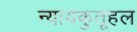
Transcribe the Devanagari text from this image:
न्यायकुतूहल